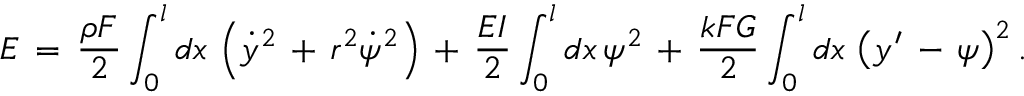
E \, = \, \frac { \rho F } { 2 } \int _ { 0 } ^ { l } d x \, \left( \dot { y } ^ { 2 } \, + \, r ^ { 2 } \dot { \psi } ^ { 2 } \right) \, + \, \frac { E I } { 2 } \int _ { 0 } ^ { l } d x \, \psi ^ { 2 } \, + \, \frac { k F G } { 2 } \int _ { 0 } ^ { l } d x \, \left( y ^ { \prime } \, - \, \psi \right) ^ { 2 } .